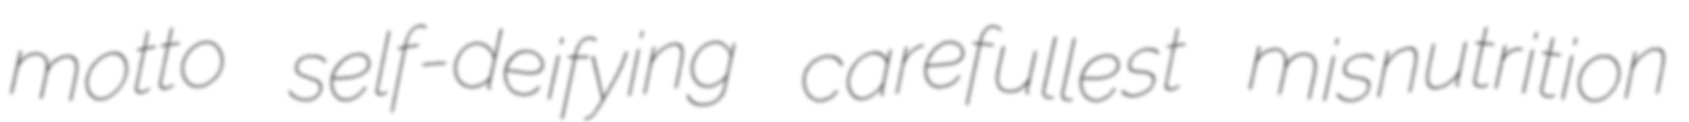
motto self-deifying carefullest misnutrition